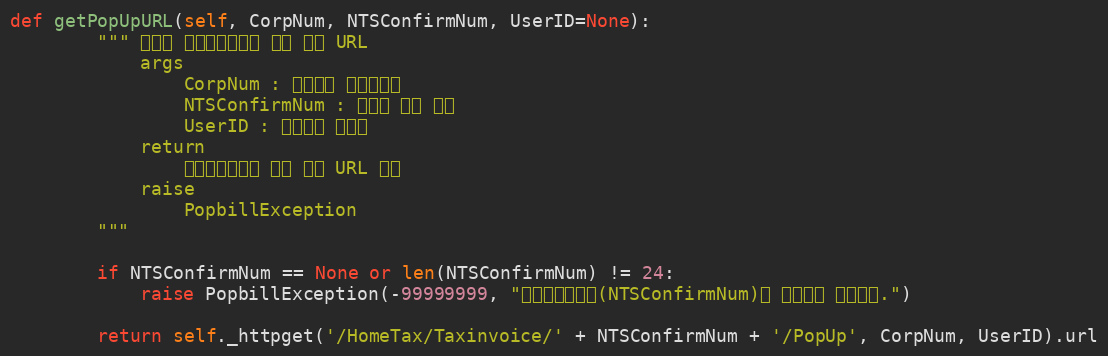
Language: Python
def getPopUpURL(self, CorpNum, NTSConfirmNum, UserID=None):
        """ 홈택스 전자세금계산서 보기 팝업 URL
            args
                CorpNum : 팝빌회원 사업자번호
                NTSConfirmNum : 국세청 승인 번호
                UserID : 팝빌회원 아이디
            return
                전자세금계산서 보기 팝업 URL 반환
            raise
                PopbillException
        """

        if NTSConfirmNum == None or len(NTSConfirmNum) != 24:
            raise PopbillException(-99999999, "국세청승인번호(NTSConfirmNum)가 올바르지 않습니다.")

        return self._httpget('/HomeTax/Taxinvoice/' + NTSConfirmNum + '/PopUp', CorpNum, UserID).url